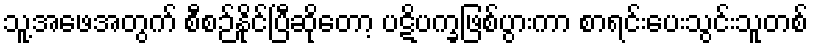
သူ့အဖေအတွက် စီစဉ်နိုင်ပြီဆိုတော့ ပဋိပက္ခဖြစ်ပွားကာ စာရင်းပေးသွင်းသူတစ်